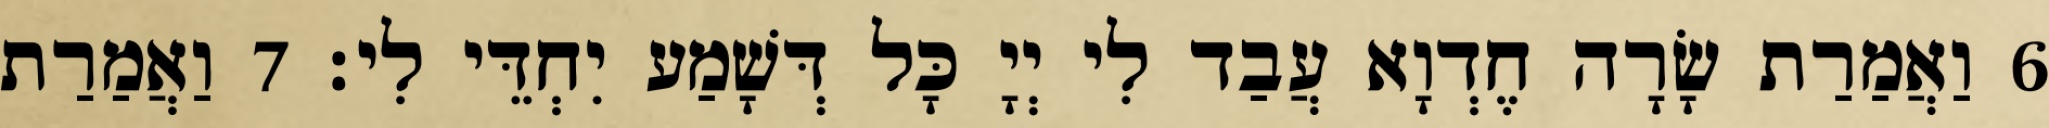
6 וַאֲמַרַת שָׂרָה חֶדְוָא עֲבַד לִי יְיָ כָּל דְּשָׁמַע יִחְדֵּי לִי׃ 7 וַאֲמַרַת